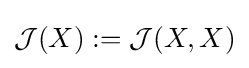
{\mathcal {J}}(X):={\mathcal {J}}(X,X)